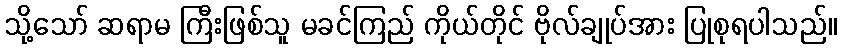
သို့သော် ဆရာမ ကြီးဖြစ်သူ မခင်ကြည် ကိုယ်တိုင် ဗိုလ်ချုပ်အား ပြုစုရပါသည်။